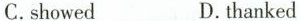
C.showed D.thanked